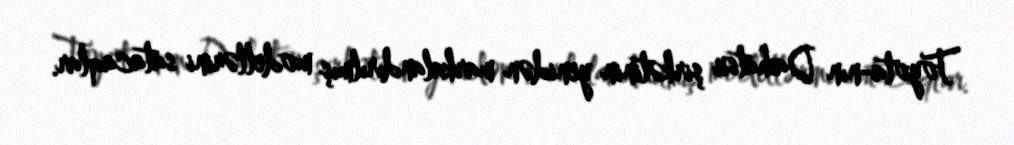
Toyota-nın Daihatsu şirkətinin yenidən markalandırılmış modellərini satacaqlar.